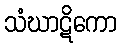
သံဃာဋိကော